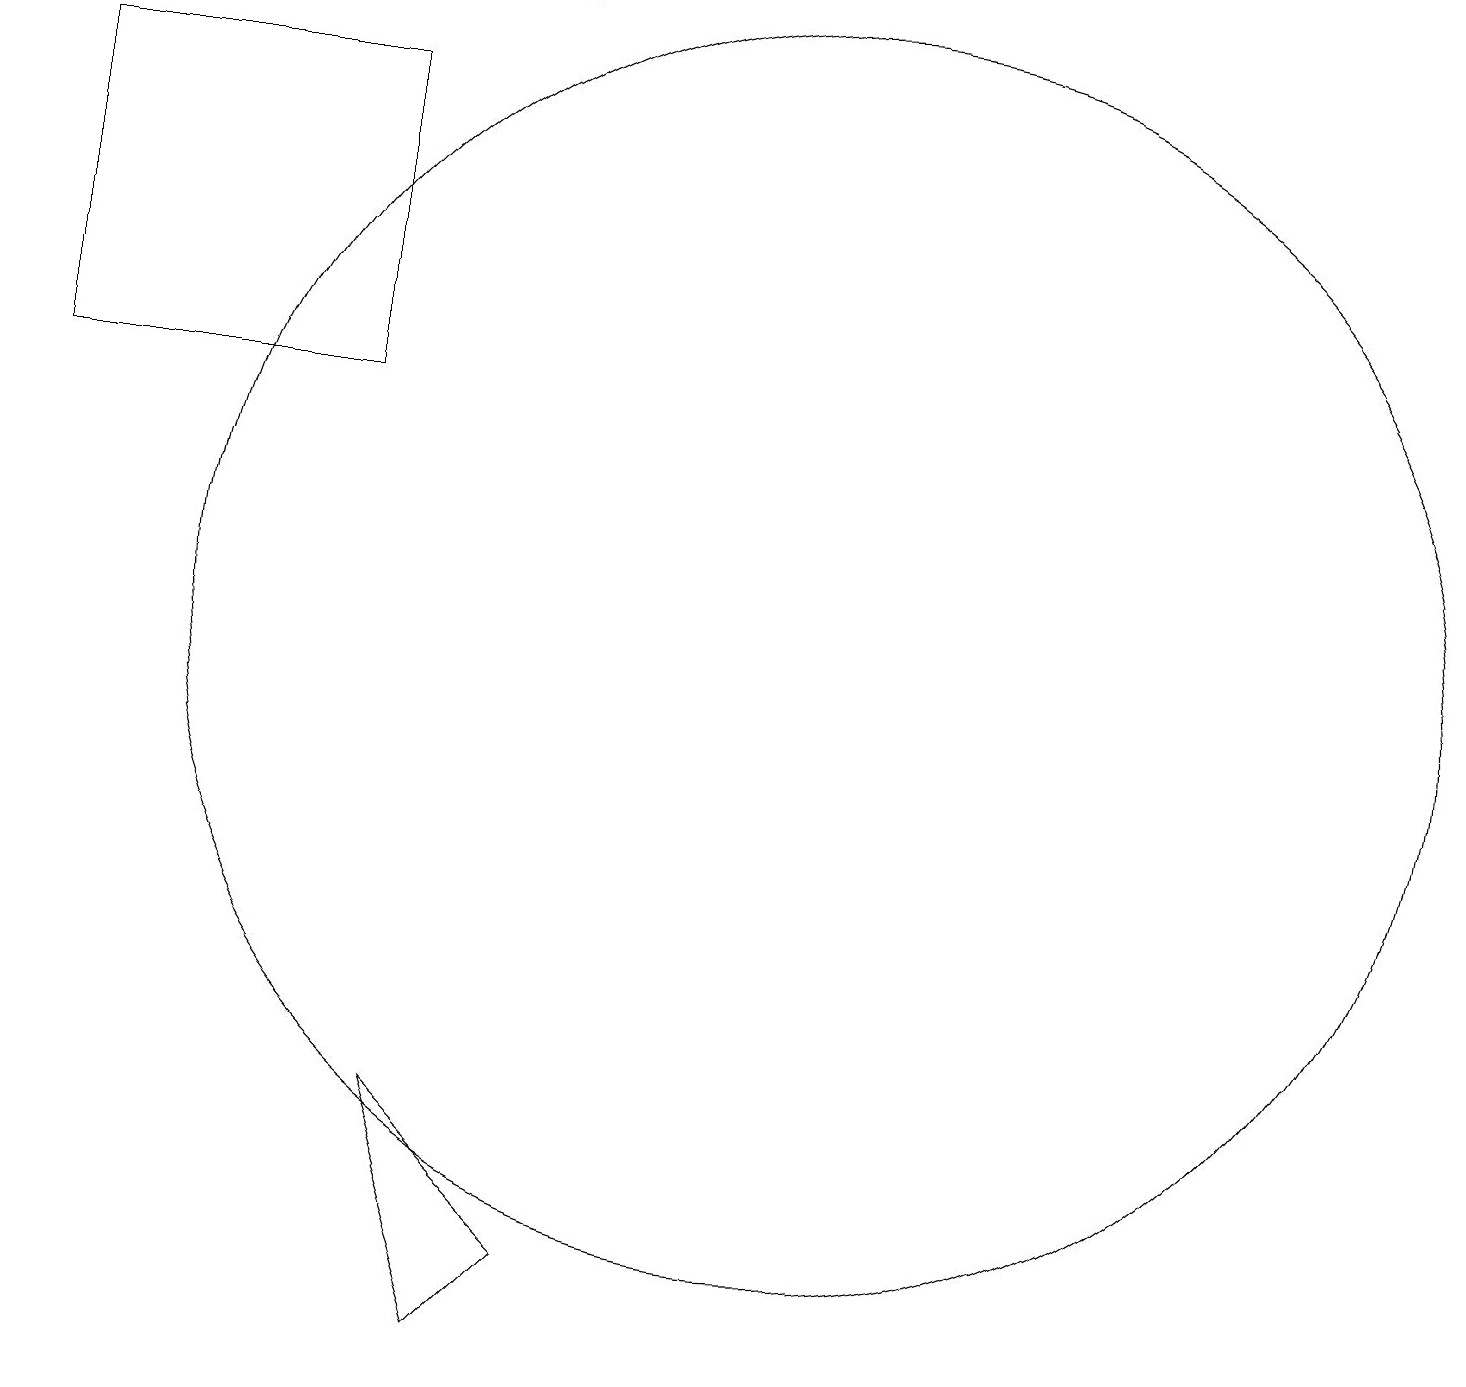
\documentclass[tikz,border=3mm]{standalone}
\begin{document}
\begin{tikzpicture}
\draw (5,17) rectangle (1,13);
\draw (11,10) circle (8);
\draw (6,4) -- (8,2) -- (7,1) -- cycle;
\draw (3,18) rectangle (7,18);
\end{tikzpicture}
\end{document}